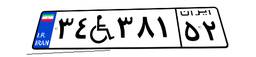
۹۶W۸۹۷۴۵